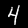
Digit: 4